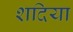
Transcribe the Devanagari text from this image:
शदिया